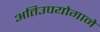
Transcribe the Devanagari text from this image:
अतिउपयोगाने